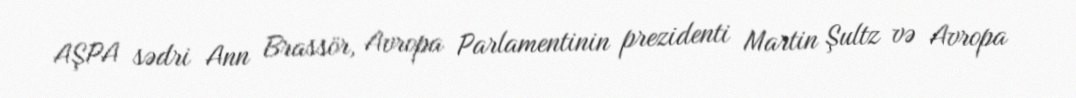
AŞPA sədri Ann Brassör, Avropa Parlamentinin prezidenti Martin Şultz və Avropa